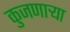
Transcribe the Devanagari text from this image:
कुजणाऱ्या